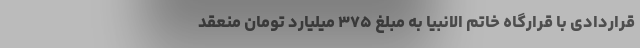
قراردادی با قرارگاه خاتم الانبیا به مبلغ ۳۷۵ میلیارد تومان منعقد